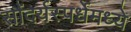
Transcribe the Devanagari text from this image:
सौंदर्यस्पर्धेमध्ये